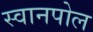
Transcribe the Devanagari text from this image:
स्वानपोल